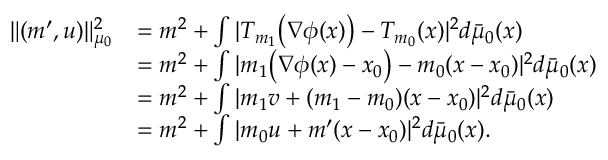
\begin{array} { r l } { \Vert ( m ^ { \prime } , u ) \Vert _ { \mu _ { 0 } } ^ { 2 } } & { = m ^ { 2 } + \int \vert T _ { m _ { 1 } } \big ( \nabla \phi ( x ) \big ) - T _ { m _ { 0 } } ( x ) \vert ^ { 2 } d \bar { \mu } _ { 0 } ( x ) } \\ & { = m ^ { 2 } + \int \vert m _ { 1 } \big ( \nabla \phi ( x ) - x _ { 0 } \big ) - m _ { 0 } ( x - x _ { 0 } ) \vert ^ { 2 } d \bar { \mu } _ { 0 } ( x ) } \\ & { = m ^ { 2 } + \int \vert m _ { 1 } v + ( m _ { 1 } - m _ { 0 } ) ( x - x _ { 0 } ) \vert ^ { 2 } d \bar { \mu } _ { 0 } ( x ) } \\ & { = m ^ { 2 } + \int \vert m _ { 0 } u + m ^ { \prime } ( x - x _ { 0 } ) \vert ^ { 2 } d \bar { \mu } _ { 0 } ( x ) . } \end{array}